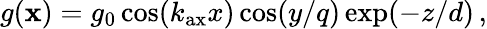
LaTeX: g({\mathbf x})=g_{0}\cos(k_{\mathrm{ax}}x)\cos(y/q)\exp(-z/d)\, ,